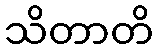
သိတာတိ